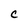
Character: C